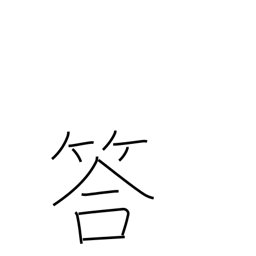
Meaning: answer